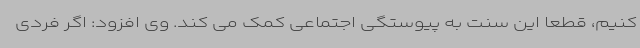
کنیم، قطعا این سنت به پیوستگی اجتماعی کمک می کند. وی افزود: اگر فردی